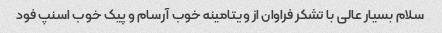
سلام بسیار عالی با تشکر فراوان از ویتامینه خوب آرسام و پیک خوب اسنپ فود